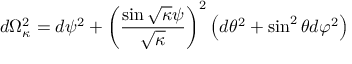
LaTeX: d \Omega _ { \kappa } ^ { 2 } = d \psi ^ { 2 } + \left( \frac { \sin \sqrt { \kappa } \psi } { \sqrt { \kappa } } \right) ^ { 2 } \left( d \theta ^ { 2 } + \sin ^ { 2 } \theta d \varphi ^ { 2 } \right)